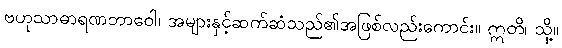
ဗဟုသာဓာရဏဘာဝေါ၊ အများနှင့်ဆက်ဆံသည်၏အဖြစ်လည်းကောင်း။ ဣတိ၊ သို့။